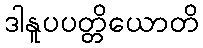
ဒါနူပပတ္တိယောတိ